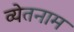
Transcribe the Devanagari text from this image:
व्येतनाम